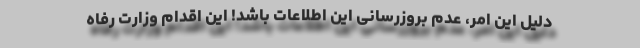
دلیل این امر، عدم بِروزرسانی این اطلاعات باشد! این اقدام وزارت رفاه